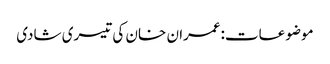
موضوعات:عمران خان کی تیسری شادی